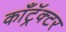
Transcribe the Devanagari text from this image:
काँट्रॅक्टर